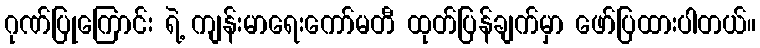
ဂုဏ်ပြုကြောင်း ရဲ့ ကျန်းမာရေးကော်မတီ ထုတ်ပြန်ချက်မှာ ဖော်ပြထားပါတယ်။